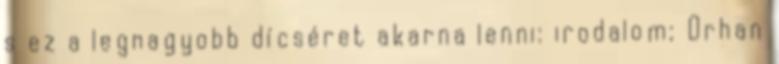
s ez a legnagyobb dícséret akarna lenni: irodalom; Orhan